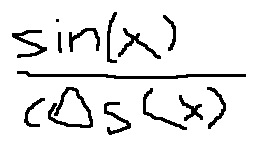
\frac { \sin ( x ) } { \cos ( x ) }